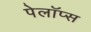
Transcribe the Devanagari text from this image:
पेलॉप्स